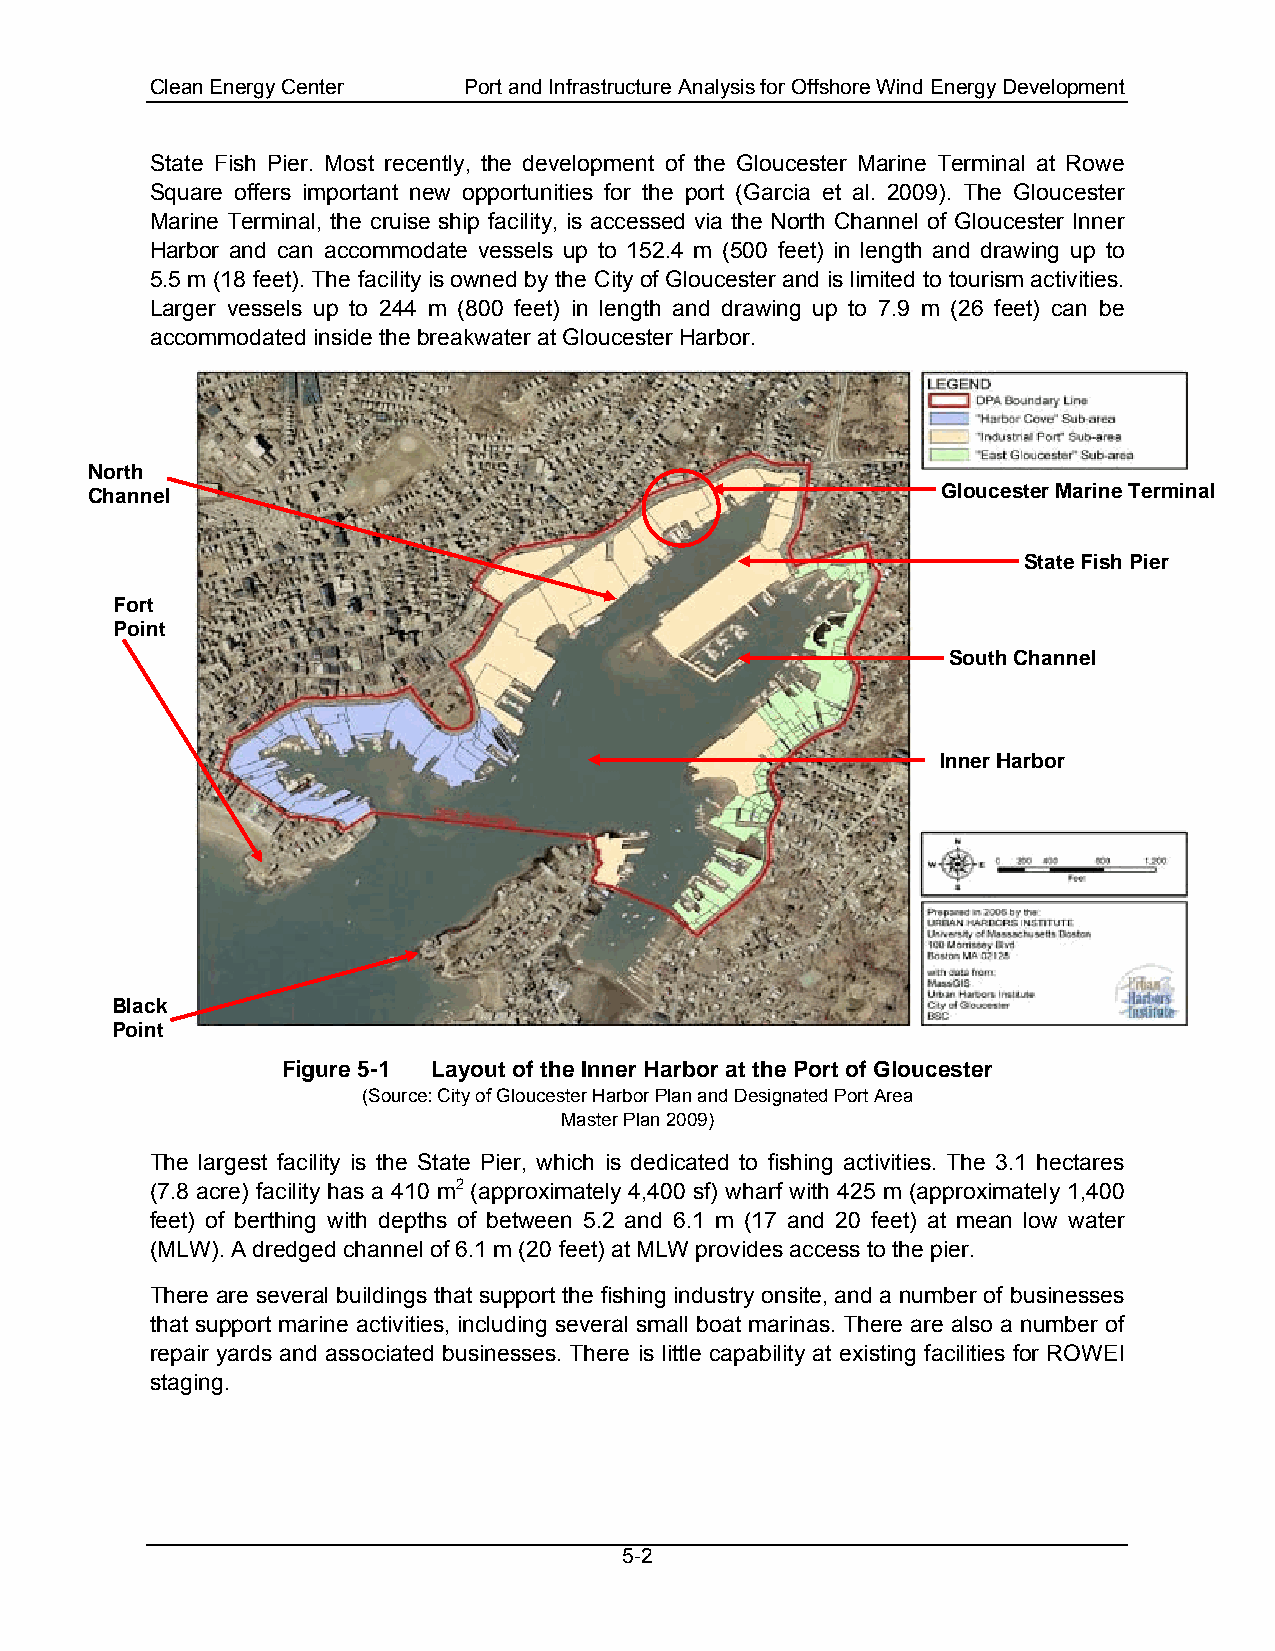
Clean Energy Center  Port and Infrastructure Analysis for Offshore Wind Energy Development
 State Fish Pier. Most recently, the development of the Gloucester Marine Terminal at Rowe
 Square offers important new opportunities for the port (Garcia et al. 2009). The Gloucester
 Marine Terminal, the cruise ship facility, is accessed via the North Channel of Gloucester Inner
 Harbor and can accommodate vessels up to 152.4 m (500 feet) in length and drawing up to
 5.5 m (18 feet). The facility is owned by the City of Gloucester and is limited to tourism activities.
 Larger vessels up to 244 m (800 feet) in length and drawing up to 7.9 m (26 feet) can be
 accommodated inside the breakwater at Gloucester Harbor.
 North
 Channel                                                 Gloucester Marine Terminal
 State Fish Pier
 Fort
 Point
 South Channel
 Inner Harbor
 Black
 Point
 Figure 5-1 Layout of the Inner Harbor at the Port of Gloucester
 (Source: City of Gloucester Harbor Plan and Designated Port Area
 Master Plan 2009)
 The largest facility is the State Pier, which is dedicated to fishing activities. The 3.1 hectares
 (7.8 acre) facility has a 410 m2 (approximately 4,400 sf) wharf with 425 m (approximately 1,400
 feet) of berthing with depths of between 5.2 and 6.1 m (17 and 20 feet) at mean low water
 (MLW). A dredged channel of 6.1 m (20 feet) at MLW provides access to the pier.
 There are several buildings that support the fishing industry onsite, and a number of businesses
 that support marine activities, including several small boat marinas. There are also a number of
 repair yards and associated businesses. There is little capability at existing facilities for ROWEI
 staging.
 5-2